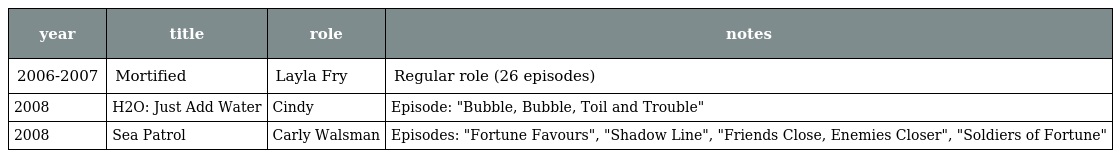
| year | title | role | notes |
 | --- | --- | --- | --- |
 | 2006-2007 | Mortified | Layla Fry | Regular role (26 episodes) |
 | 2008 | H2O: Just Add Water | Cindy | Episode: "Bubble, Bubble, Toil and Trouble" |
 | 2008 | Sea Patrol | Carly Walsman | Episodes: "Fortune Favours", "Shadow Line", "Friends Close, Enemies Closer", "Soldiers of Fortune" |